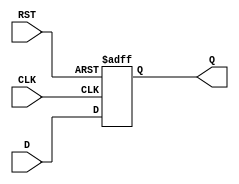
module IntermediateRegister #(
    parameter DATA_WIDTH = 8  // Parameter for defining the data width
)(
    input  wire [DATA_WIDTH-1:0] D,   // Data input
    input  wire CLK,                   // Clock input
    input  wire RST,                   // Asynchronous reset input
    output reg  [DATA_WIDTH-1:0] Q     // Data output
);

// Synchronous/Asynchronous operation
always @(posedge CLK or posedge RST) begin
    if (RST) begin
        Q <= {DATA_WIDTH{1'b0}};        // Reset value (often zero)
    end else begin
        Q <= D;                         // Capture input data on rising edge
    end
end

endmodule